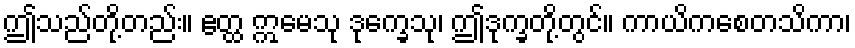
ဤသည်တို့တည်း။ ဧတ္ထ ဣမေသု ဒုက္ခေသု၊ ဤဒုက္ခတို့တွင်။ ကာယိကစေတသိကာ၊